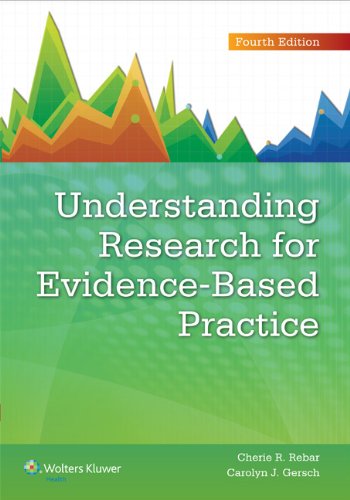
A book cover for Understanding Research for Evidence-Based Practice; Cherie R. Rebar PhD  RN  MBA  FNP  COI; Medical Books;